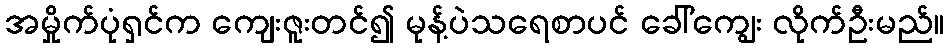
အမှိုက်ပုံရှင်က ကျေးဇူးတင်၍ မုန့်ပဲသရေစာပင် ခေါ်ကျွေး လိုက်ဦးမည်။